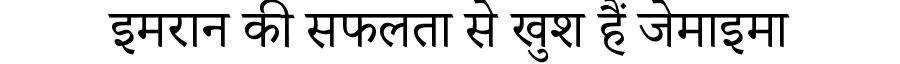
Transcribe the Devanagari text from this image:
इमरान की सफलता से खुश हैं जेमाइमा